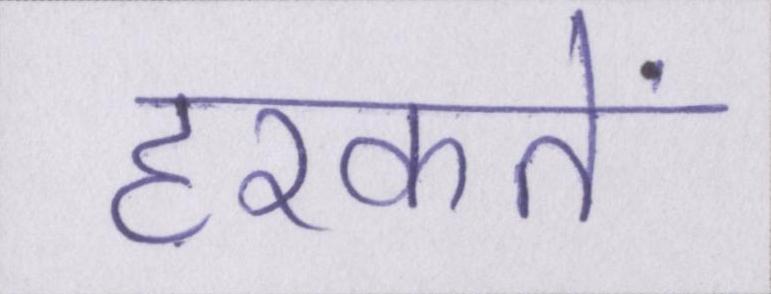
हरकतें